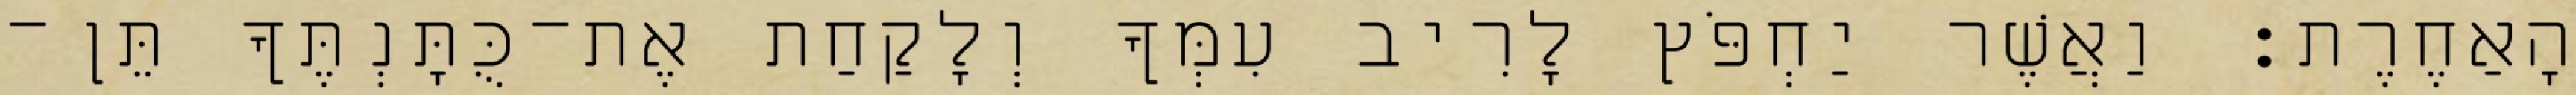
הָאַחֶרֶת׃ וַאֲשֶׁר יַחְפֹּץ לָרִיב עִמְּךָ וְלָקַחַת אֶת־כֻּתָּנְתֶּךָ תֵּן־